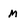
Character: m